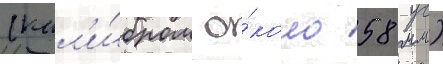
(кал'и́бром о́коло 58 мм)